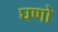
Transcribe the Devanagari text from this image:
घणो